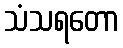
သံသရတော